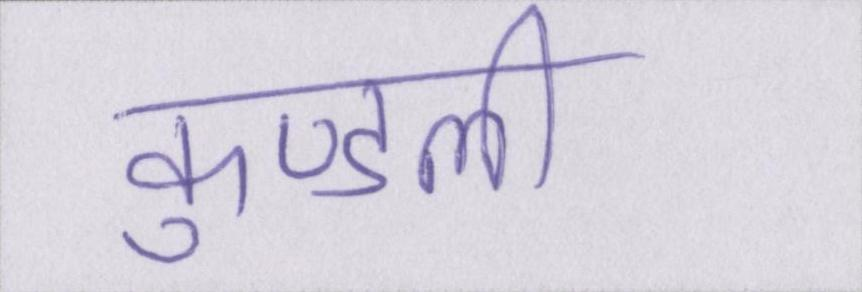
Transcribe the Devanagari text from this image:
कुण्डली